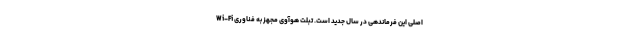
اصلی این فرماندهی در سال جدید است. تبلت هوآوی مجهز به فناوری Wi-Fi